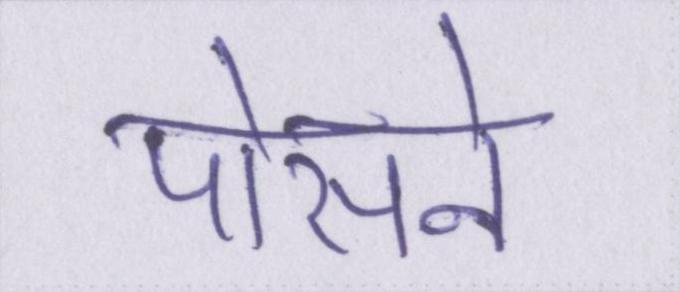
पोसने